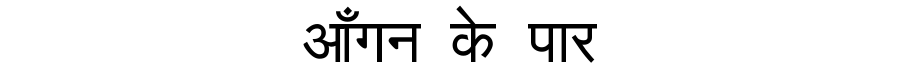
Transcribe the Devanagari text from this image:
आँगन के पार